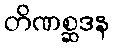
တိဏစ္ဆဒန